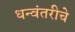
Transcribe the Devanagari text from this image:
धन्वंतरीचे